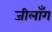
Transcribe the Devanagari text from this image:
जीलाँग